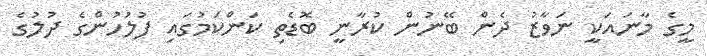
މީގެ މާނައަކީ ނަވާޒު ދެން ބޭނުން ކުރާނީ ބޮޑެތި ކަންކަމުގައި ފުލުހުންގެ ދުލުގެ